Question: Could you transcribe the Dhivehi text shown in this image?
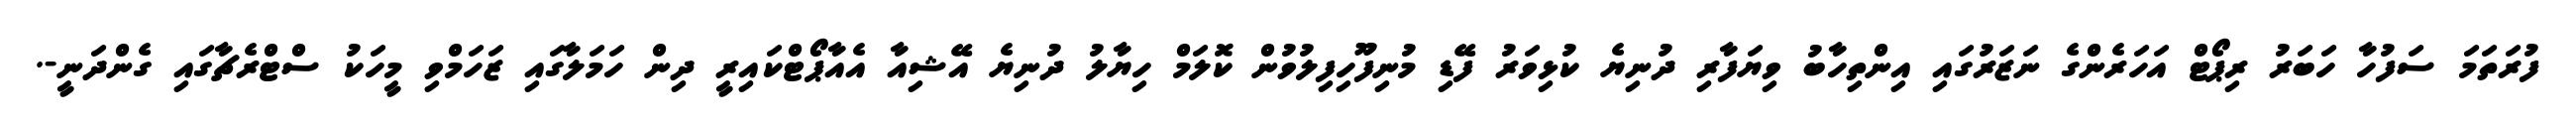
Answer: ފުރަތަމަ ސަފުހާ ހަބަރު ރިޕޯޓް އަހަރެންގެ ނަޒަރުގައި އިންތިހާބު ވިޔަފާރި ދުނިޔެ ކުޅިވަރު ފޭޑި މުނިފޫހިފިލުވުން ކޮލަމް ހިޔާލު ދުނިޔެ އޭޝިއާ އެއާޕޯޓްކައިރީ ދިން ހަމަލާގައި ޒަހަމްވި މީހަކު ސްޓްރެޗާގައި ގެންދަނީ-.